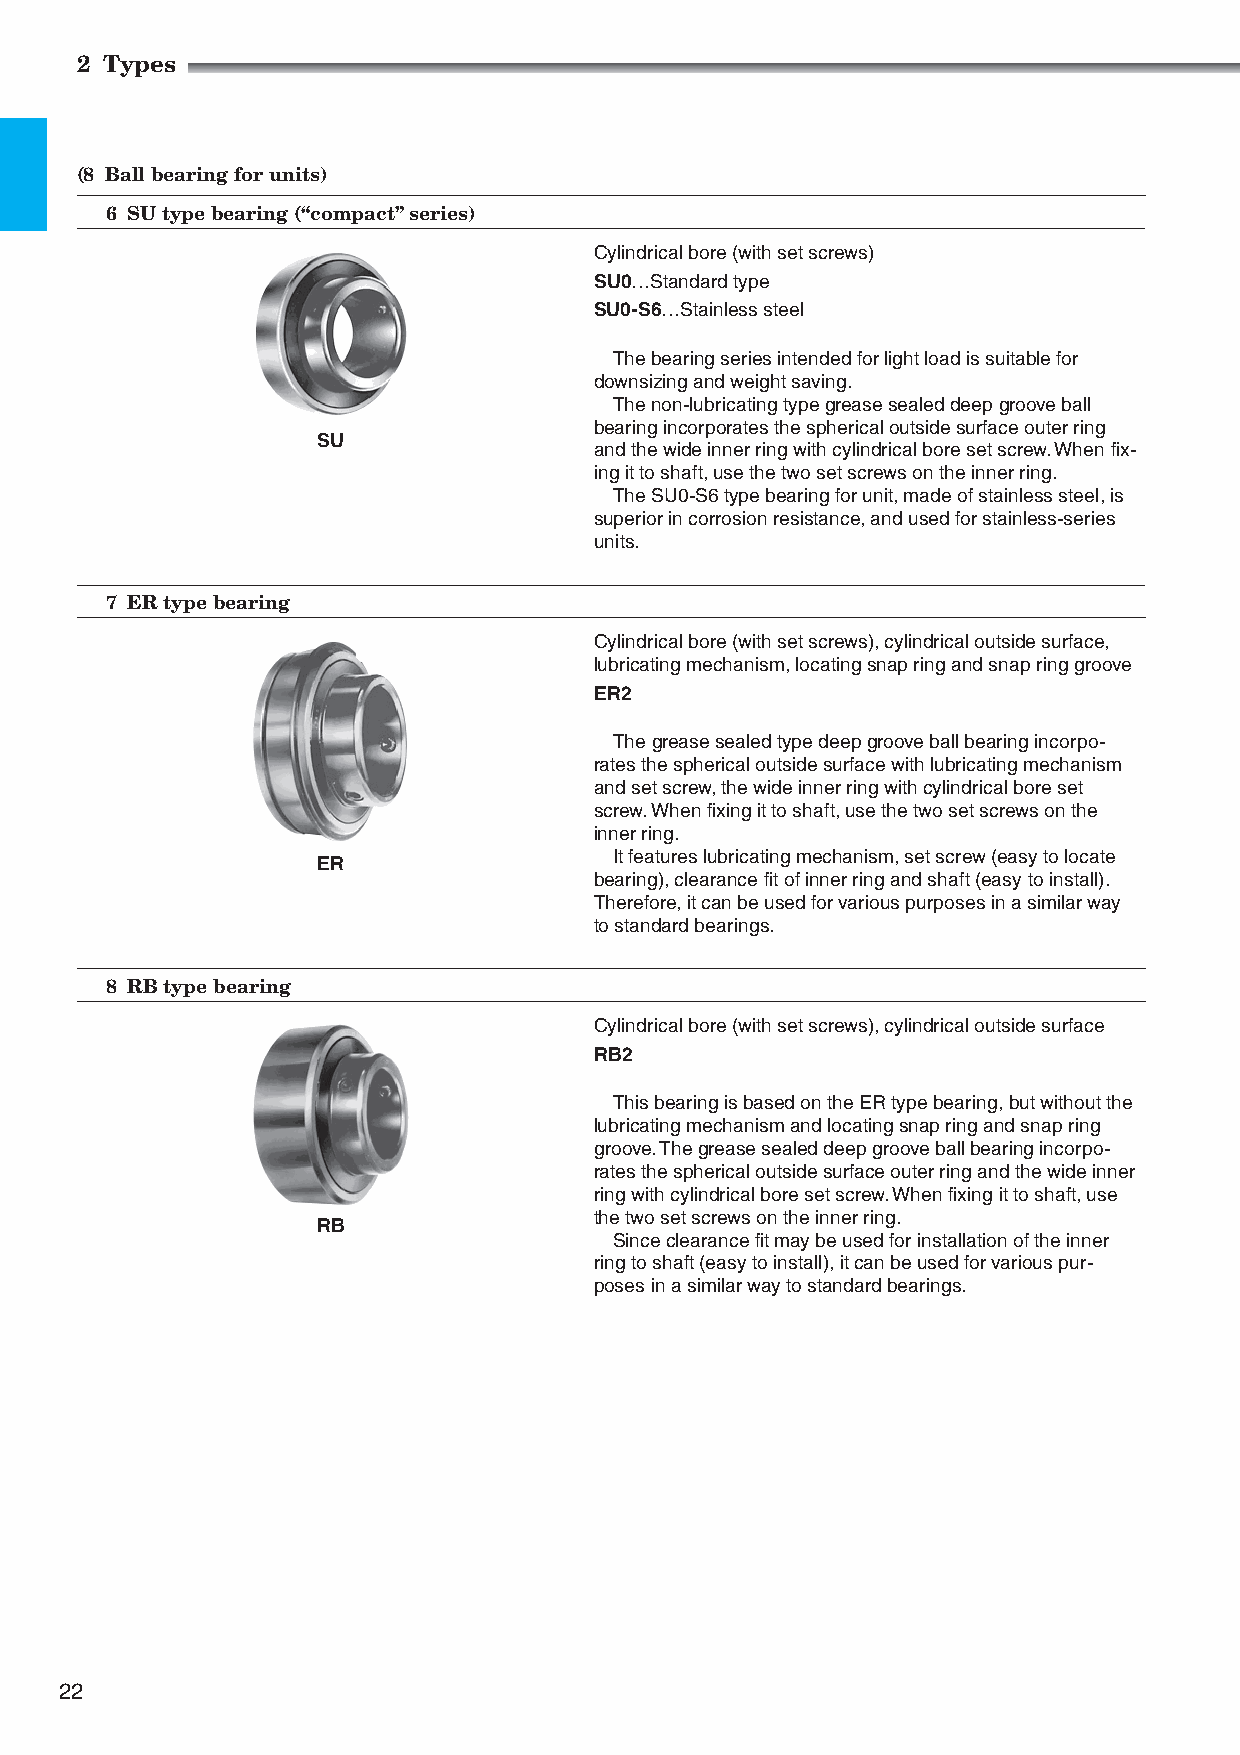
2 Types
 (8 Ball bearing for units)
 6 SU type bearing (“compact” series)
 Cylindrical bore (with set screws)
 SU0…Standard type
 SU0-S6…Stainless steel
 The bearing series intended for light load is suitable for
 downsizing and weight saving.
 The non-lubricating type grease sealed deep groove ball
 bearing incorporates the spherical outside surface outer ring
 SU
 and the wide inner ring with cylindrical bore set screw. When fix-
 ing it to shaft, use the two set screws on the inner ring.
 The SU0-S6 type bearing for unit, made of stainless steel, is
 superior in corrosion resistance, and used for stainless-series
 units.
 7 ER type bearing
 Cylindrical bore (with set screws), cylindrical outside surface,
 lubricating mechanism, locating snap ring and snap ring groove
 ER2
 The grease sealed type deep groove ball bearing incorpo-
 rates the spherical outside surface with lubricating mechanism
 and set screw, the wide inner ring with cylindrical bore set
 screw. When fixing it to shaft, use the two set screws on the
 inner ring.
 It features lubricating mechanism, set screw (easy to locate
 ER
 bearing), clearance fit of inner ring and shaft (easy to install).
 Therefore, it can be used for various purposes in a similar way
 to standard bearings.
 8 RB type bearing
 Cylindrical bore (with set screws), cylindrical outside surface
 RB2
 This bearing is based on the ER type bearing, but without the
 lubricating mechanism and locating snap ring and snap ring
 groove. The grease sealed deep groove ball bearing incorpo-
 rates the spherical outside surface outer ring and the wide inner
 ring with cylindrical bore set screw. When fixing it to shaft, use
 the two set screws on the inner ring.
 RB
 Since clearance fit may be used for installation of the inner
 ring to shaft (easy to install), it can be used for various pur-
 poses in a similar way to standard bearings.
 22